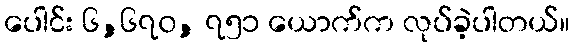
ပေါင်း ၆,၆၇၀, ၇၅၁ ယောက်က လုပ်ခဲ့ပါတယ်။